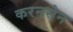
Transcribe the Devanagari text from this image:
करनसेन